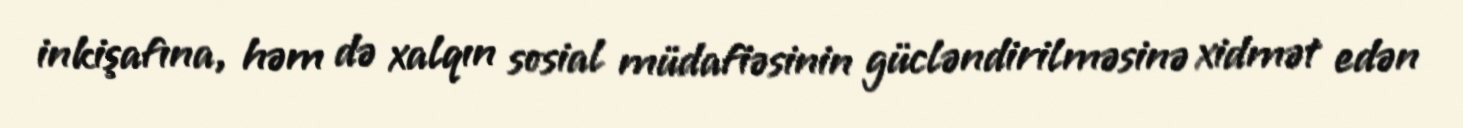
inkişafına, həm də xalqın sosial müdafiəsinin gücləndirilməsinə xidmət edən